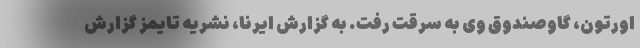
اورتون، گاوصندوق وی به سرقت رفت. به گزارش ایرنا، نشریه تایمز گزارش